Indian journal of veterinary science and animal husbandry - Volume 10,
Year: 1940
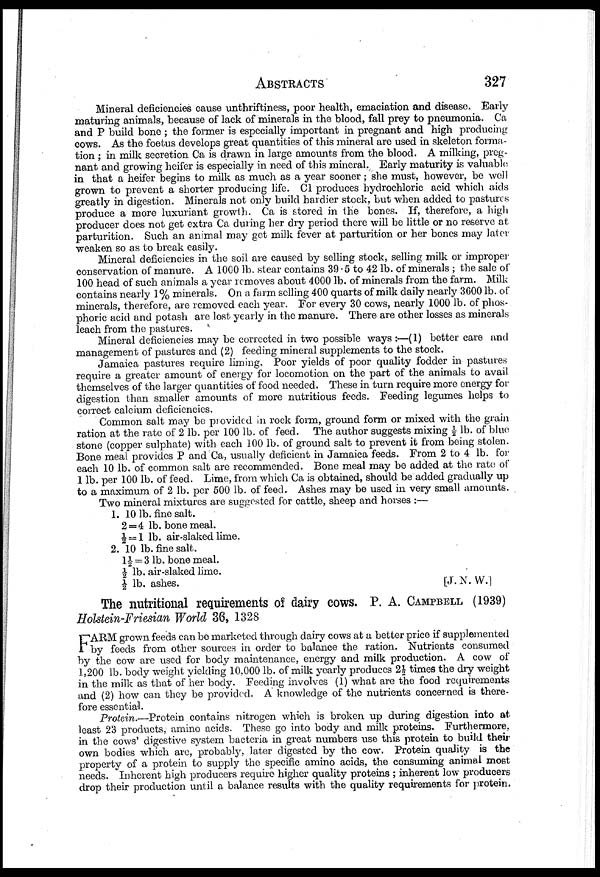
ABSTRACTS
327
Mineral deficiencies cause unthriftiness, poor health, emaciation and disease. Early
maturing animals, because of lack of minerals in the blood, fall prey to pneumonia. Ca
and P build bone ; the former is especially important in pregnant and high producing
cows. As the foetus develops great quantities of this mineral are used in skeleton forma-
tion ; in milk secretion Ca is drawn in large amounts from the blood. A milking, preg-
nant and growing heifer is especially in need of this mineral. Early maturity is valuable
in that a heifer begins to milk as much as a year sooner; she must, however, be well
grown to prevent a shorter producing life. Cl produces hydrochloric acid which aids
greatly in digestion. Minerals not only build hardier stock, but when added to pastures
produce a more luxuriant growth. Ca is stored in the bones. If, therefore, a high
producer does not get extra Ca during her dry period there will be little or no reserve at
parturition. Such an animal may get milk fever at parturition or her bones may later
weaken so as to break easily.
Mineral deficiencies in the soil are caused by selling stock, selling milk or improper
conservation of manure. A 1000 lb. stear contains 39 .5 to 42 lb. of minerals ; the sale of
100 head of such animals a year removes about 4000 lb. of minerals from the farm. Milk
contains nearly 1% minerals. On a farm selling 400 quarts of milk daily nearly 3600 lb. of
minerals, therefore, are removed each year. For every 30 cows, nearly 1000 lb. of phos-
phoric acid and potash are lost yearly in the manure. There are other losses as minerals
leach from the pastures.
Mineral deficiencies may be corrected in two possible ways :—(1) better care and
management of pastures and (2) feeding mineral supplements to the stock.
Jamaica pastures require liming. Poor yields of poor quality fodder in pastures
require a greater amount of energy for locomotion on the part of the animals to avail
themselves of the larger quantities of food needed. These in turn require more energy for
digestion than smaller amounts of more nutritious feeds. Feeding legumes helps to
correct calcium deficiencies.
Common salt may be provided in rock form, ground form or mixed with the grain
ration at the rate of 2 lb. per 100 lb. of feed. The author suggests mixing ½ lb. of blue
stone (copper sulphate) with each 100 lb. of ground salt to prevent it from being stolen.
Bone meal provides P and Ca, usually deficient in Jamaica feeds. From 2 to 4 lb. for
each 10 lb. of common salt are recommended. Bone meal may be added at the rate of
1 lb. per 100 lb. of feed. Lime, from which Ca is obtained, should be added gradually up
to a maximum of 2 lb. per 500 lb. of feed. Ashes may be used in very small amounts.
Two mineral mixtures are suggested for cattle, sheep and horses :—
1. 10 lb. fine salt.
2 = 4 lb. bone meal.
½ = 1 lb. air-slaked lime.
2. 10 lb. fine salt.
1½= 3 lb. bone meal.
½ lb. air-slaked lime.
½ lb. ashes.
[J.N.W.]
The nutritional requirements of dairy cows. P. A. CAMPBELL (1939)
Holstein-Friesian World 36, 1328
F ARM grown feeds can be marketed through dairy cows at a better price if supplemented
by feeds from other sources in order to balance the ration. Nutrients consumed
by the cow are used for body maintenance, energy and milk production. A cow of
1,200 lb. body weight yielding 10.000 lb. of milk yearly produces 2½ times the dry weight
in the milk as that of her body. Feeding involves (1) what are the food requirements
and (2) how can they be provided. A knowledge of the nutrients concerned is there-
fore essential.
Protein.—Protein contains nitrogen which is broken up during digestion into at
least 23 products, amino acids. These go into body and milk proteins. Furthermore,
in the cows' digestive system bacteria in great numbers use this protein to build their
own bodies which are, probably, later digested by the cow. Protein quality is the
property of a protein to supply the specific amino acids, the consuming animal most
needs. Inherent high producers require higher quality proteins ; inherent low producers
drop their production until a balance results with the quality requirements for protein.